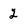
Character: 2